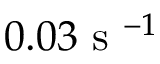
0 . 0 3 \mathrm { ~ s ~ } ^ { - 1 }